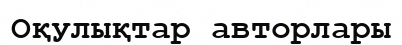
Оқулықтар авторлары